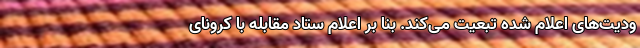
ودیت‌های اعلام شده تبعیت می‌کند. بنا بر اعلام ستاد مقابله با کرونای